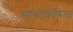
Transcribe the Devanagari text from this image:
साथीकरिता